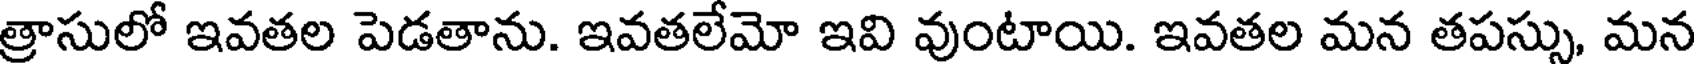
త్రాసులో ఇవతల పెడతాను. ఇవతలేమో ఇవి వుంటాయి. ఇవతల మన తపస్సు, మన